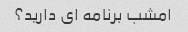
امشب برنامه ای دارید؟